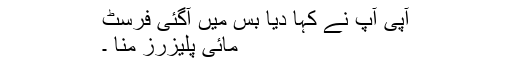
آپی آپ نے کہا دیا بس میں آگئی فرسٹ
مائی پلیزرز منا ۔